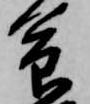
命